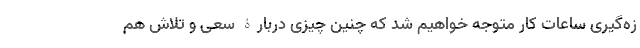
زه‌گیری ساعات کار متوجه خواهیم شد که چنین چیزی دربارۀ سعی و تلاش هم